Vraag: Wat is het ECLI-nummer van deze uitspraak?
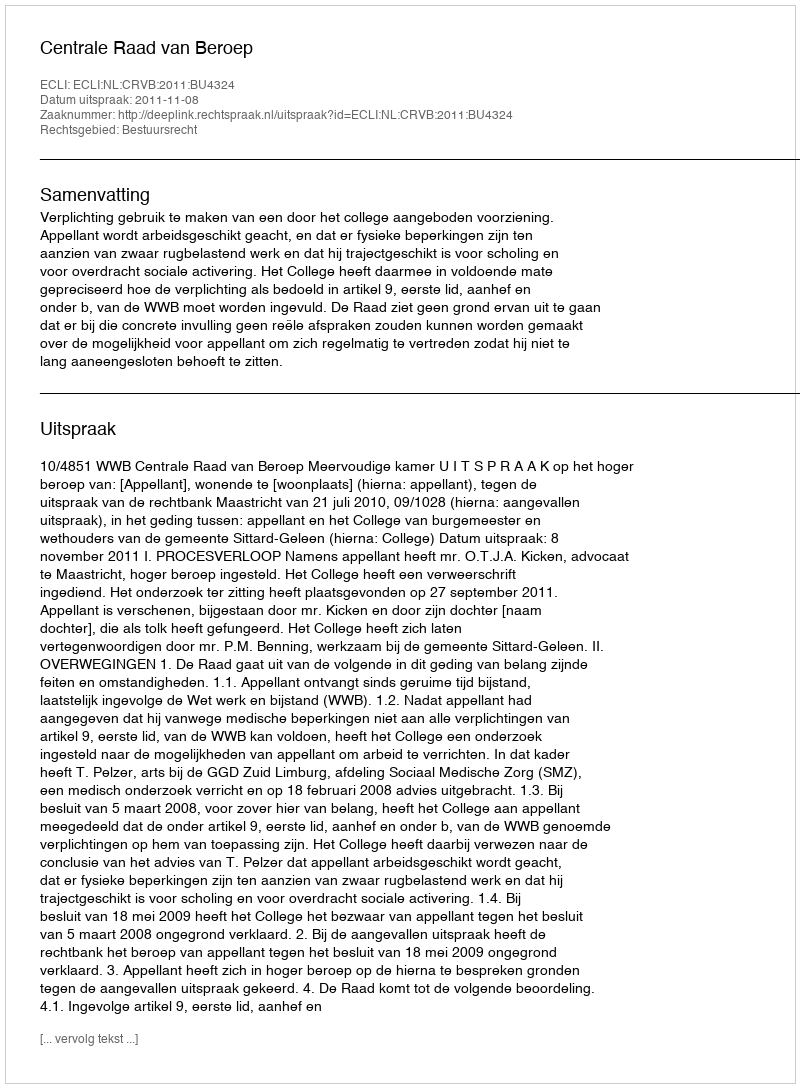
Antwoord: ECLI:NL:CRVB:2011:BU4324